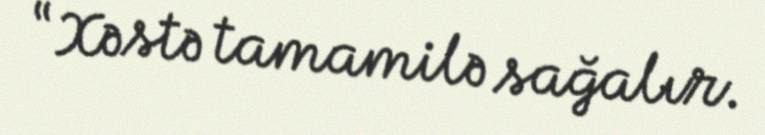
“Xəstə tamamilə sağalır.